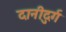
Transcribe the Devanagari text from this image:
दानीदुर्ग